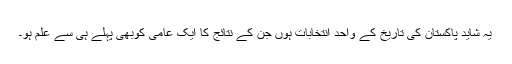
یہ شاید پاکستان کی تاریخ کے واحد انتخابات ہوں جن کے نتائج کا ایک عامی کوبھی پہلے ہی سے علم ہو۔